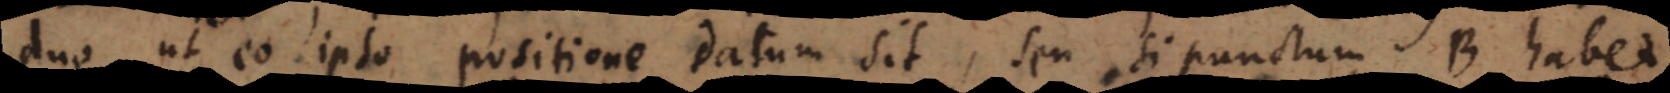
duo ut eo ipso positione datum sit, seu si punctum B habet